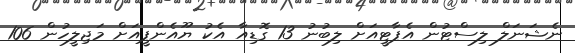
ނެޝަނަލް ލިސްޓުން އެޕާޓީއަށް ލިބުނު 13 ގޮޑިއާ އެކު ޔޫއެންޕީއަށް މަޖިލީހުން 106